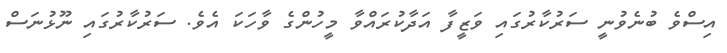
އިސްވެ ބުނެވުނީ ސަރުކާރުގައި ވަޒީފާ އަދާކުރައްވާ މީހުންގެ ވާހަކަ އެވެ. ސަރުކާރުގައި ނޫޅުނަސް